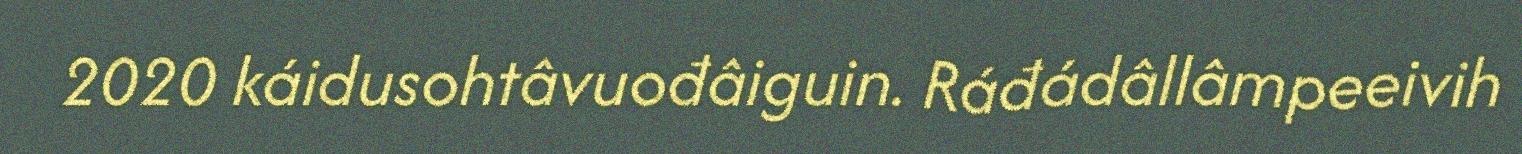
2020 káidusohtâvuođâiguin. Ráđádâllâmpeeivih